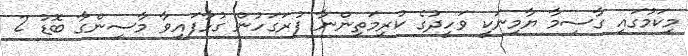
މިކަމުގައި ގާސިމާ ޔާމިނަކީ ވަހީދުގެ ކުރިމަތިންނާ ފުރަގަހުން ގުޅާފައިވާ މާސިންގާ ބޮޑު 2